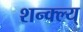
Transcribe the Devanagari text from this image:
शन्क्ल्य्